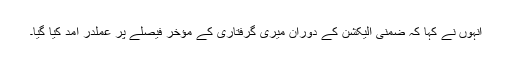
انہوں نے کہا کہ ضمنی الیکشن کے دوران میری گرفتاری کے مؤخر فیصلے پر عملدر آمد کیا گیا۔